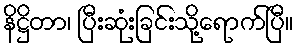
နိဋ္ဌိတာ၊ ပြီးဆုံးခြင်းသို့ရောက်ပြီ။